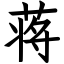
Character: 蒋